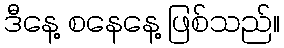
ဒီနေ့ စနေနေ့ ဖြစ်သည်။